Annual administration report of the Civil Veterinary Department of India - 1907-1908
Year: 1907
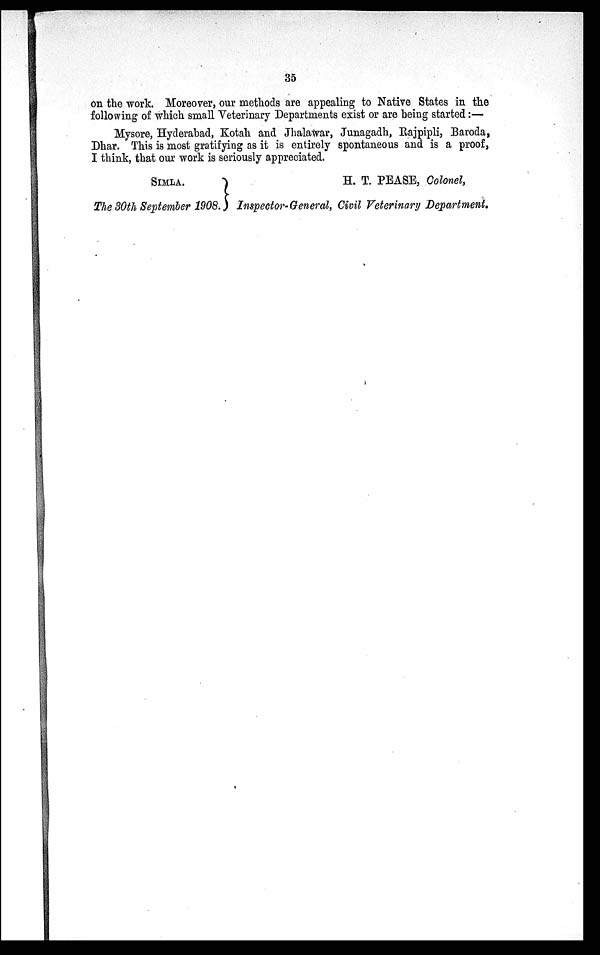
35
on the work. Moreover, our methods are appealing to Native States in the
following of which small Veterinary Departments exist or are being started:—
Mysore, Hyderabad, Kotah and Jhalawar, Junagadh, Rajpipli, Baroda,
Dhar. This is most gratifying as it is entirely spontaneous and is a proof,
I think, that our work is seriously appreciated.
SIMLA.
The 30th September 1908.
H. T. PEASE, Colonel,
Inspector-General, Civil Veterinary Department.